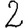
Digit: 2